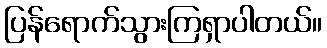
ပြန်ရောက်သွားကြရှာပါတယ်။